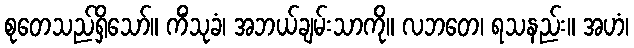
စုတေသည်ရှိသော်။ ကိံသုခံ၊ အဘယ်ချမ်းသာကို။ လဘတေ၊ ရသနည်း။ အဟံ၊